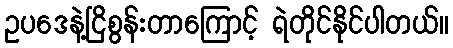
ဥပဒေနဲ့ငြိစွန်းတာကြောင့် ရဲတိုင်နိုင်ပါတယ်။